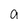
Character: a